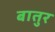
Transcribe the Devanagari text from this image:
बातुर